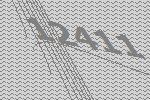
12411